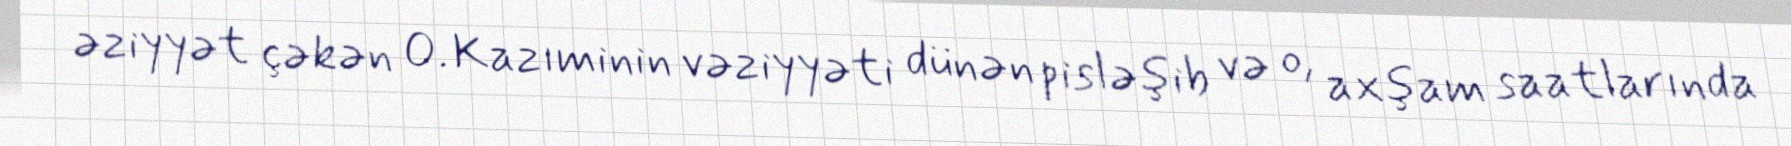
əziyyət çəkən O. Kazıminin vəziyyəti dünən pisləşib və o, axşam saatlarında